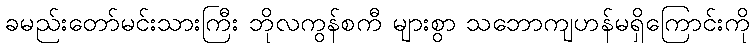
ခမည်းတော်မင်းသားကြီး ဘိုလကွန်စကီ များစွာ သဘောကျဟန်မရှိကြောင်းကို